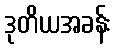
ဒုတိယအခန်း